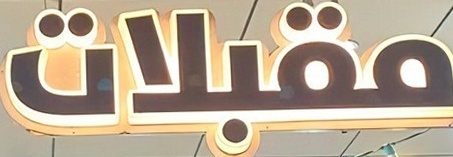
مقبلات